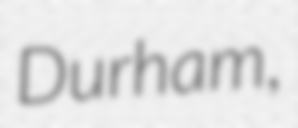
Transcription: Durham,